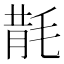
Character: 𣮠